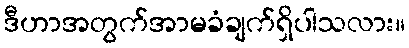
ဒီဟာအတွက်အာမခံချက်ရှိပါသလား။